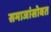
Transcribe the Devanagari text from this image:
समाजांसोबत